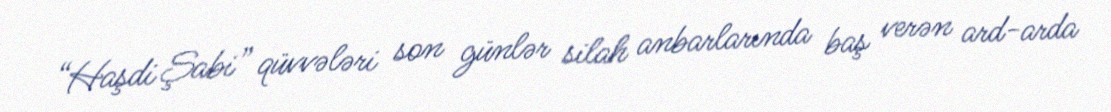
“Haşdi Şabi” qüvvələri son günlər silah anbarlarında baş verən ard-arda